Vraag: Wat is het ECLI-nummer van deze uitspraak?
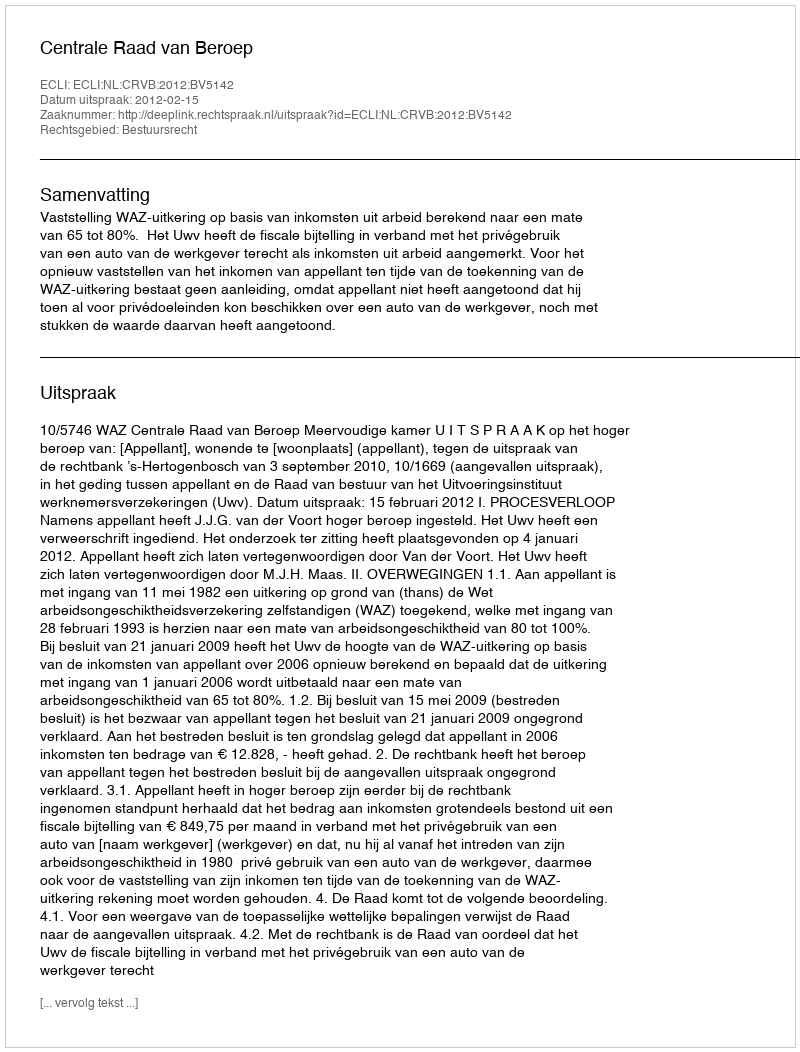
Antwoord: ECLI:NL:CRVB:2012:BV5142